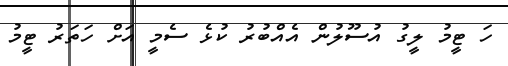
ހަ ޓީމު ލީގު އުސޫލުން އެއްބުރު ކުޅެ ސެމީ އަށް ހަތަރު ޓީމު